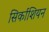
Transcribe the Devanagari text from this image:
सिर्काशियन